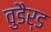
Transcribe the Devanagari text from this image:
वुडैर्ड